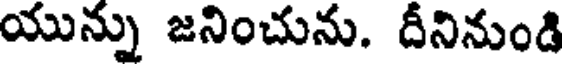
యున్ను జనించును. దీనినుండి